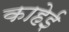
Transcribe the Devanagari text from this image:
काहेई